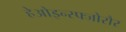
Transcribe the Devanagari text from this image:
हेओइन्स्फ्जोरौर